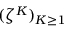
( \zeta ^ { K } ) _ { K \geq 1 }